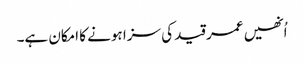
اُنھیں عمر قید کی سزا ہونے کا امکان ہے۔